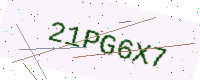
Text: 21PG6X7